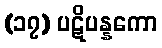
(၁၇) ပဋိပန္နကော